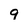
Character: 9